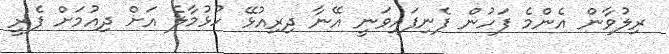
ރިލުވާން އެންމެ ފަހުން ފެނިފައިވަނީ އޭނާ ދިރިއުޅޭ ހުޅުމާލެ އަށް ދިއުމަށް ފެރީ